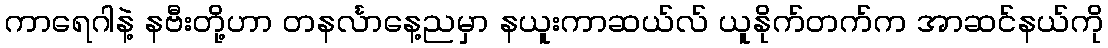
ကာရေဂါနဲ့ နဗီးတို့ဟာ တနင်္လာနေ့ညမှာ နယူးကာဆယ်လ် ယူနိုက်တက်က အာဆင်နယ်ကို